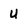
Character: U